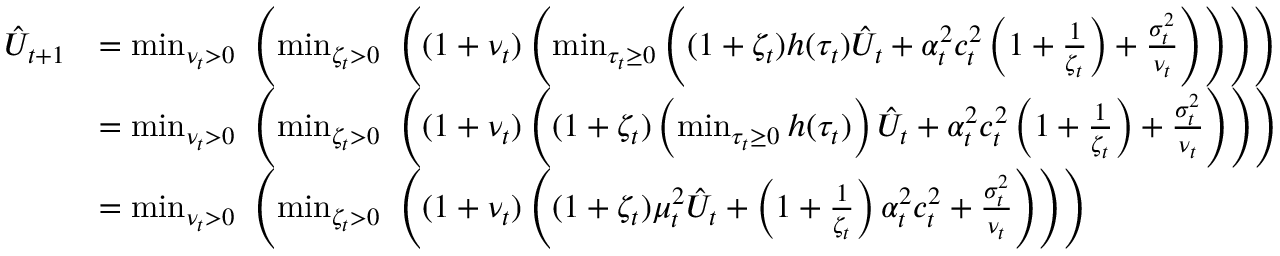
\begin{array} { r l } { \hat { U } _ { t + 1 } } & { = \operatorname* { m i n } _ { \nu _ { t } > 0 } \, \, \left( \operatorname* { m i n } _ { \zeta _ { t } > 0 } \, \, \left( ( 1 + \nu _ { t } ) \left( \operatorname* { m i n } _ { \tau _ { t } \ge 0 } \left( ( 1 + \zeta _ { t } ) h ( \tau _ { t } ) \hat { U } _ { t } + \alpha _ { t } ^ { 2 } c _ { t } ^ { 2 } \left( 1 + \frac { 1 } { \zeta _ { t } } \right) + \frac { \sigma _ { t } ^ { 2 } } { \nu _ { t } } \right) \right) \right) \right) } \\ & { = \operatorname* { m i n } _ { \nu _ { t } > 0 } \, \, \left( \operatorname* { m i n } _ { \zeta _ { t } > 0 } \, \, \left( ( 1 + \nu _ { t } ) \left( ( 1 + \zeta _ { t } ) \left( \operatorname* { m i n } _ { \tau _ { t } \ge 0 } h ( \tau _ { t } ) \right) \hat { U } _ { t } + \alpha _ { t } ^ { 2 } c _ { t } ^ { 2 } \left( 1 + \frac { 1 } { \zeta _ { t } } \right) + \frac { \sigma _ { t } ^ { 2 } } { \nu _ { t } } \right) \right) \right) } \\ & { = \operatorname* { m i n } _ { \nu _ { t } > 0 } \, \, \left( \operatorname* { m i n } _ { \zeta _ { t } > 0 } \, \, \left( ( 1 + \nu _ { t } ) \left( ( 1 + \zeta _ { t } ) \mu _ { t } ^ { 2 } \hat { U } _ { t } + \left( 1 + \frac { 1 } { \zeta _ { t } } \right) \alpha _ { t } ^ { 2 } c _ { t } ^ { 2 } + \frac { \sigma _ { t } ^ { 2 } } { \nu _ { t } } \right) \right) \right) } \end{array}